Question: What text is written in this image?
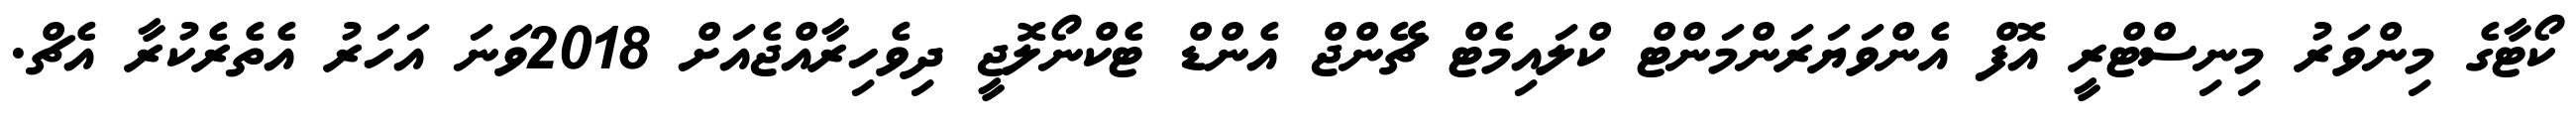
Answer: ކޯޓާގެ މިންވަރު މިނިސްޓްރީ އޮފް އެންވަޔަރަންމަންޓް ކްލައިމެޓް ޗޭންޖް އެންޑް ޓެކްނޯލޮޖީ ދިވެހިރާއްޖެއަށް 2018ވަނަ އަހަރު އެތެރެކުރާ އެޗް.